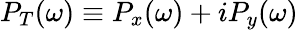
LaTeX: P_{T}(\omega)\equiv P_{x}(\omega)+iP_{y}(\omega)